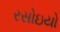
રસોઇયો